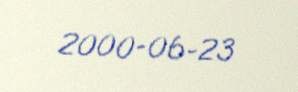
2000-06-23